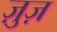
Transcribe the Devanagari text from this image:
ज़ुज़